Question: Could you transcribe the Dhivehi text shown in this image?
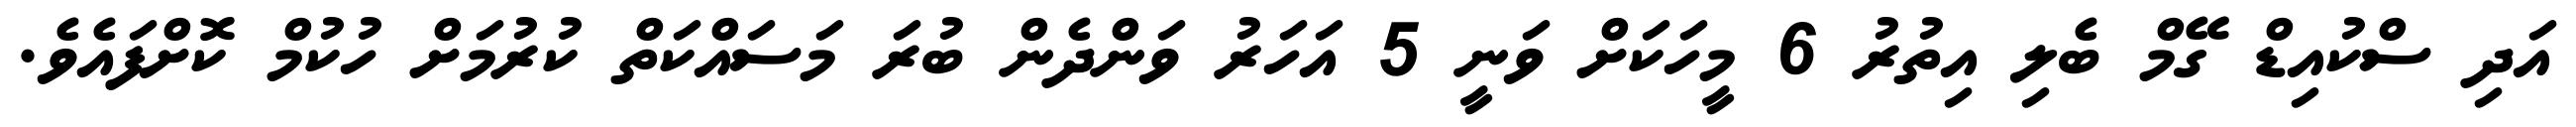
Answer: އަދި ސްކުއިޑް ގޭމް ބެލި އިތުރު 6 މީހަކަށް ވަނީ 5 އަހަރު ވަންދެން ބުރަ މަސައްކަތް ކުރުމަށް ހުކުމް ކޮށްފައެވެ.